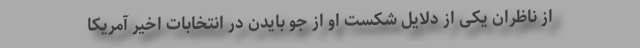
از ناظران یکی از دلایل شکست او از جو بایدن در انتخابات اخیر آمریکا